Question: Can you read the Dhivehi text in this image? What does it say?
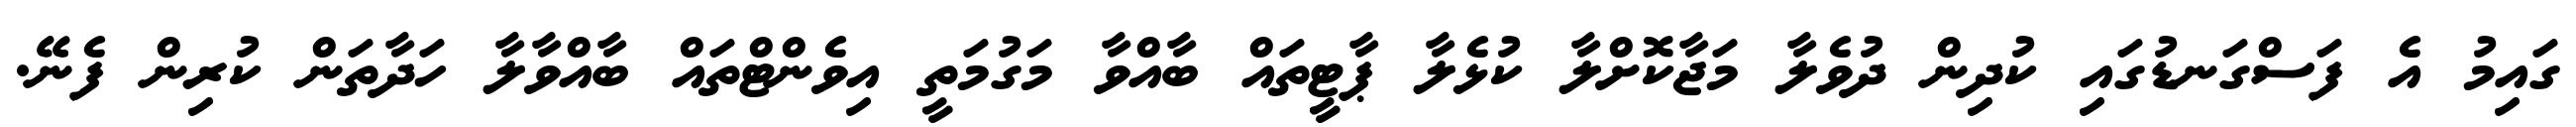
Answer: ގައިމު އެ ފަސްގަނޑުގައި ކުދިން ދުވެލާ މަޖާކޮށްލާ ކުޅެލާ ޕާޓީތައް ބާއްވާ މަގުމަތީ އިވެންޓްތައް ބާއްވާލާ ހަދާތަން ކުރިން ފެނޭ.